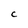
Character: C